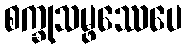
စက္ခုသမ္ဖဿေပေ